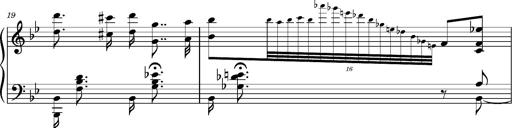
Title: Ungarischer Romanzero
Composer: Franz Liszt